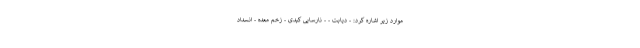
موارد زیر اشاره کرد: - دیابت - - نارسایی کبدی - زخم معده - انسداد